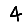
Digit: 4